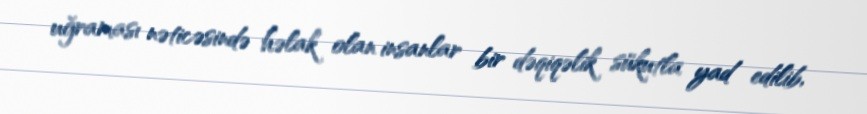
uğraması nəticəsində həlak olan insanlar bir dəqiqəlik sükutla yad edilib,